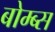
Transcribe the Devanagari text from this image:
बोम्ब्स